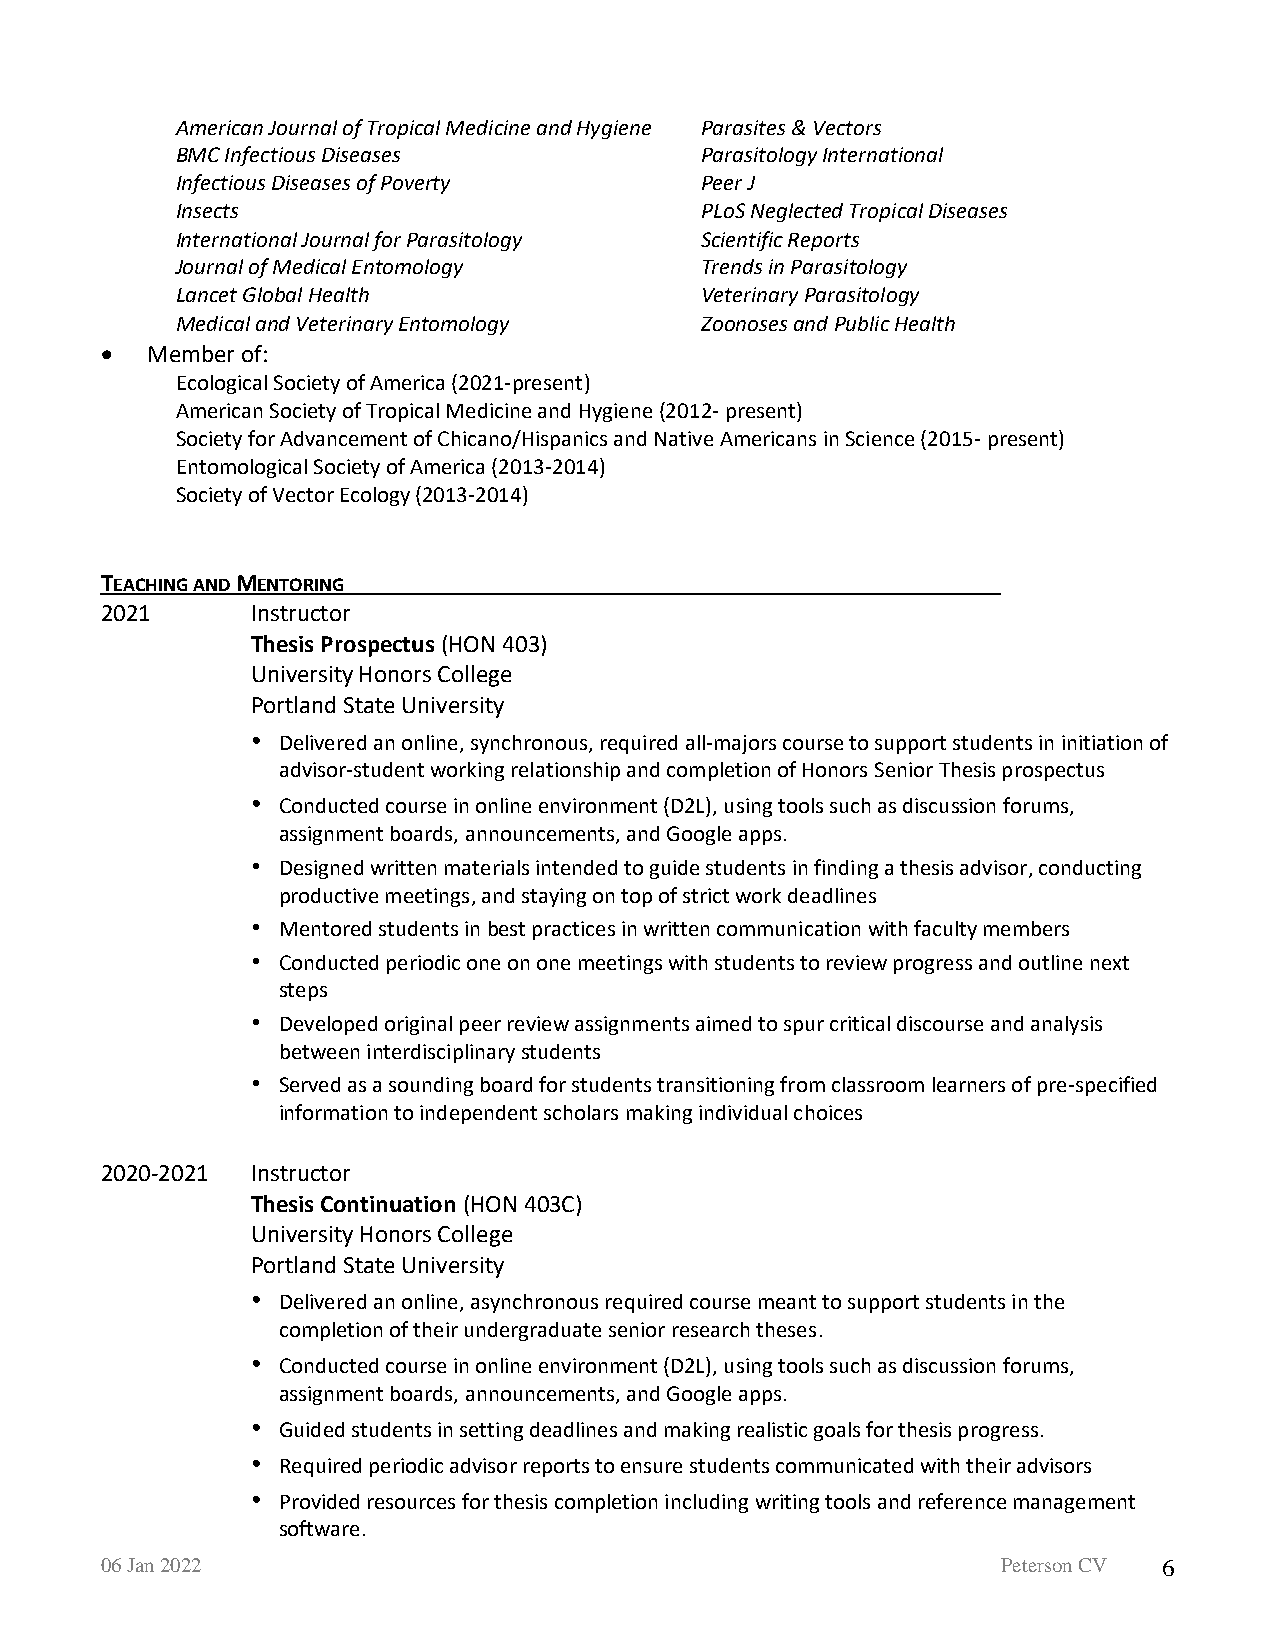
American Journal of Tropical Medicine and Hygiene Parasites & Vectors
 BMC Infectious Diseases           Parasitology International
 Infectious Diseases of Poverty    Peer J
 Insects                           PLoS Neglected Tropical Diseases
 International Journal for Parasitology Scientific Reports
 Journal of Medical Entomology     Trends in Parasitology
 Lancet Global Health              Veterinary Parasitology
 Medical and Veterinary Entomology Zoonoses and Public Health
 •  Member of:
 Ecological Society of America (2021-present)
 American Society of Tropical Medicine and Hygiene (2012- present)
 Society for Advancement of Chicano/Hispanics and Native Americans in Science (2015- present)
 Entomological Society of America (2013-2014)
 Society of Vector Ecology (2013-2014)
 TEACHING AND MENTORING
 2021      Instructor
 Thesis Prospectus (HON 403)
 University Honors College
 Portland State University
 • Delivered an online, synchronous, required all-majors course to support students in initiation of
 advisor-student working relationship and completion of Honors Senior Thesis prospectus
 • Conducted course in online environment (D2L), using tools such as discussion forums,
 assignment boards, announcements, and Google apps.
 • Designed written materials intended to guide students in finding a thesis advisor, conducting
 productive meetings, and staying on top of strict work deadlines
 • Mentored students in best practices in written communication with faculty members
 • Conducted periodic one on one meetings with students to review progress and outline next
 steps
 • Developed original peer review assignments aimed to spur critical discourse and analysis
 between interdisciplinary students
 • Served as a sounding board for students transitioning from classroom learners of pre-specified
 information to independent scholars making individual choices
 2020-2021 Instructor
 Thesis Continuation (HON 403C)
 University Honors College
 Portland State University
 • Delivered an online, asynchronous required course meant to support students in the
 completion of their undergraduate senior research theses.
 • Conducted course in online environment (D2L), using tools such as discussion forums,
 assignment boards, announcements, and Google apps.
 • Guided students in setting deadlines and making realistic goals for thesis progress.
 • Required periodic advisor reports to ensure students communicated with their advisors
 • Provided resources for thesis completion including writing tools and reference management
 software.
 06 Jan 2022                                                Peterson CV 6